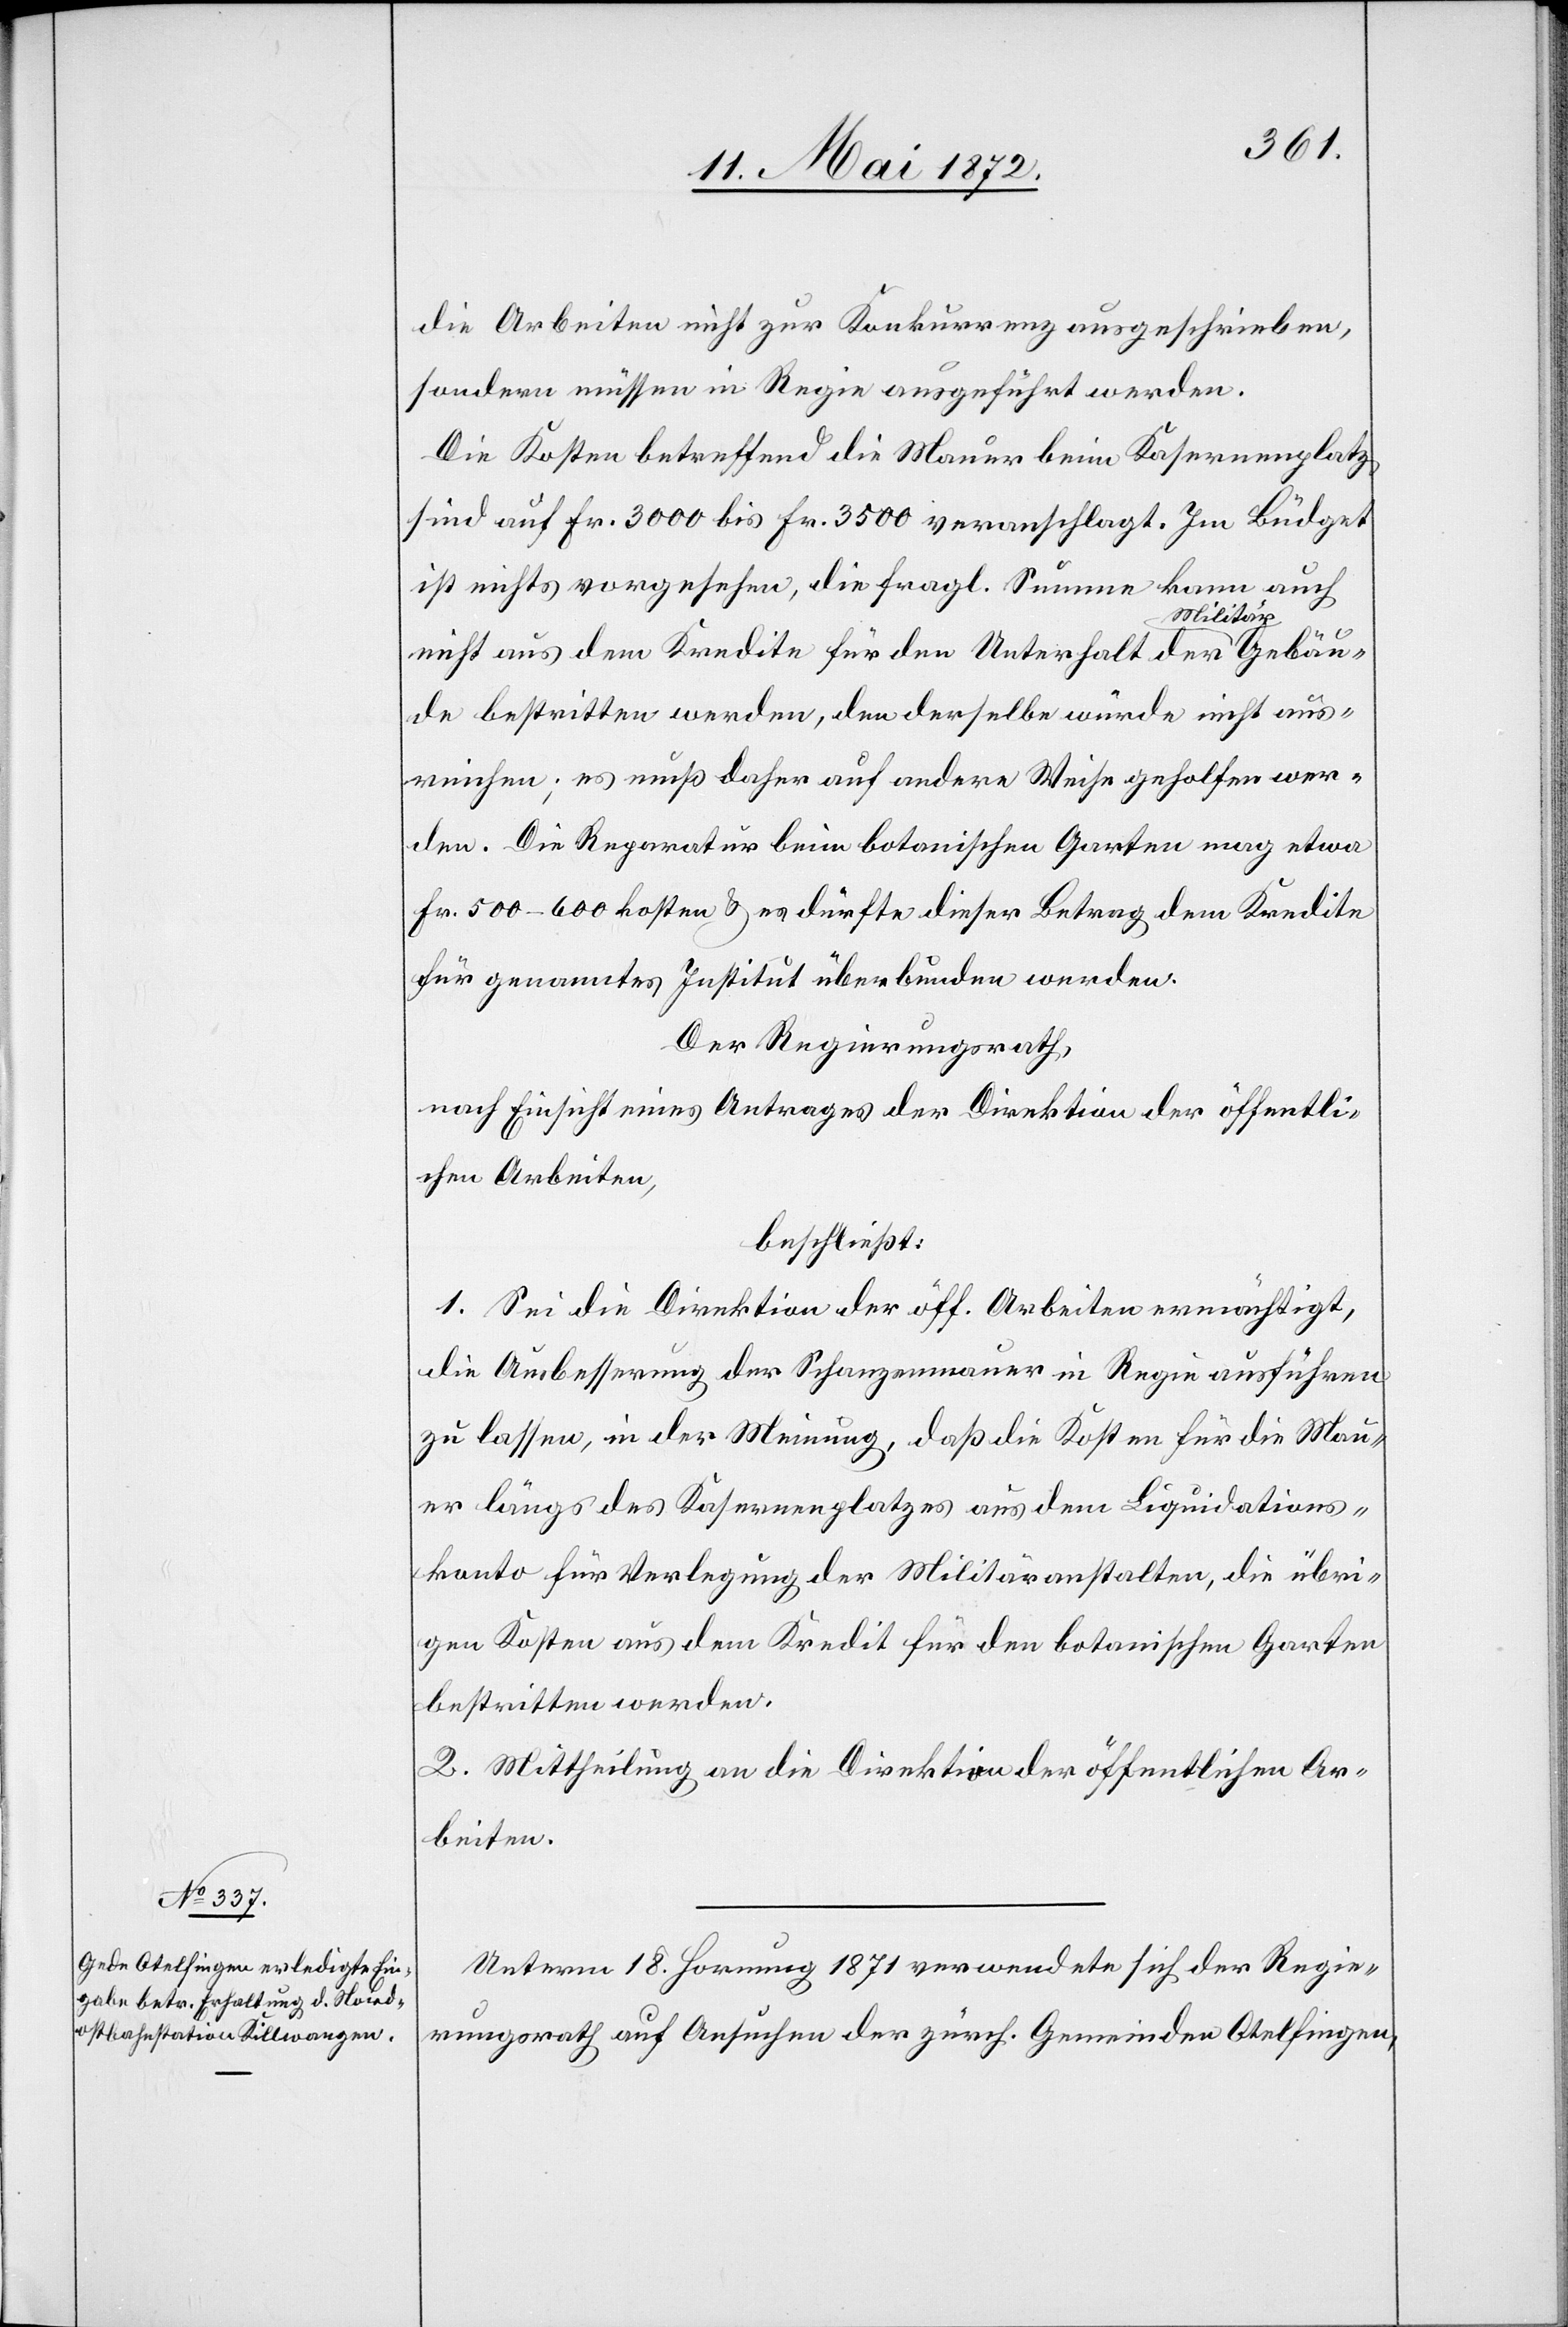
die Arbeiten nicht zur Konkurrenz ausgeschrieben,
sondern müssen in Regie ausgeführt werden.
Die Kosten betreffend die Mauer beim Kasernenplatz
sind auf Fr. 3000 bis Fr. 3500 veranschlagt. Im Büdget
ist nichts vorgesehen, die fragl. Summe kann auch
nicht aus dem Kredite für den Unterhalt der Militärgebäu¬
de bestritten werden, den[n] derselbe würde nicht aus¬
reichen; es muß daher auf andere Weise geholfen wer¬
den. Die Reparatur beim botanischen Garten mag etwa
Fr. 500–600 kosten u. es dürfte dieser Betrag dem Kredite
für genanntes Institut überbunden werden.
Der Regierungsrath,
nach Einsicht eines Antrages der Direktion der öffentli¬
chen Arbeiten,
beschließt:
1. Sei die Direktion der öff. Arbeiten ermächtigt,
die Ausbesserung der Schanzenmauer in Regie ausführen
zu lassen, in der Meinung, daß die Kosten für die Mau¬
er längs des Kasernenplatzes aus dem Liquidations¬
konto für Verlegung der Militäranstalten, die übri¬
gen Kosten aus dem Kredit für den botanischen Garten
bestritten werden.
2. Mittheilung an die Direktion der öffentlichen Ar¬
beiten.
Unterm 18. Hornung 1871 verwendete sich der Regie¬
rungsrath auf Ansuchen der zürch. Gemeinden Otelfingen,